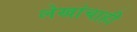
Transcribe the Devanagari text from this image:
लेखांचाही